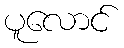
ပူလောင်